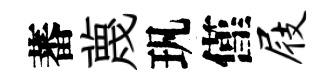
蕃蔑㺬僅屐